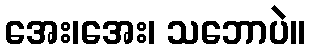
အေး၊အေး၊ သဘောပဲ။